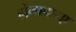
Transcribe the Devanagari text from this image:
होनाचाहए